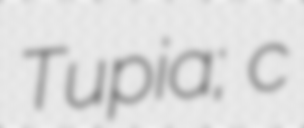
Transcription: Tupia; c